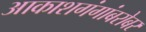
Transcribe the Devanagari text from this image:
आकाशगंगांबरोबर